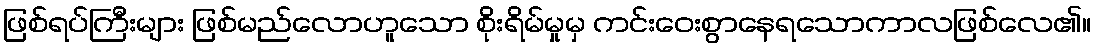
ဖြစ်ရပ်ကြီးများ ဖြစ်မည်လောဟူသော စိုးရိမ်မှုမှ ကင်းဝေးစွာနေရသောကာလဖြစ်လေ၏။